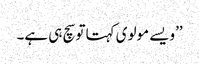
’’ویسے مولوی کہتا توسچ ہی ہے۔